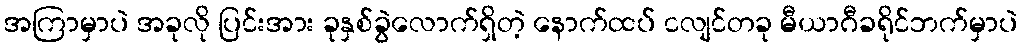
အကြာမှာပဲ အခုလို ပြင်းအား ခုနှစ်ခွဲလောက်ရှိတဲ့ နောက်ထပ် ငလျင်တခု မီယာဂီခရိုင်ဘက်မှာပဲ